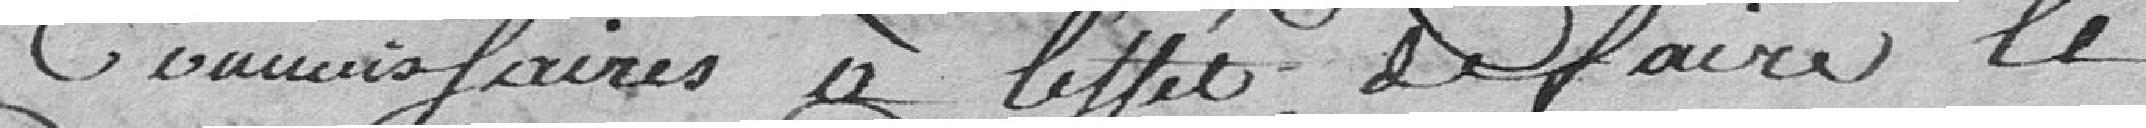
commissaires à l'effet de faire le